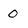
Character: O